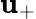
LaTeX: \mathbf{u}_{+}